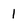
Character: 1